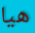
هيا